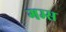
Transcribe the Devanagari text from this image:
गम्स